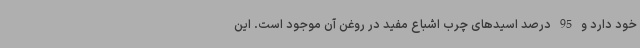
خود دارد و 95 درصد اسیدهای چرب اشباع مفید در روغن آن موجود است. این